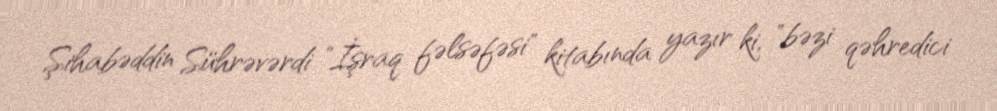
Şihabəddin Sührəvərdi "İşraq fəlsəfəsi" kitabında yazır ki, "bəzi qəhredici